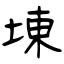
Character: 埬